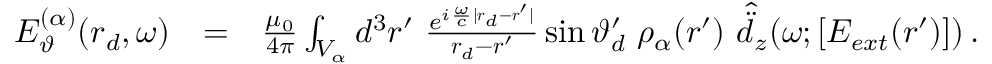
\begin{array} { r l r } { E _ { \vartheta } ^ { ( \alpha ) } ( \boldsymbol { r } _ { d } , \omega ) } & { = } & { \frac { \mu _ { 0 } } { 4 \pi } \int _ { V _ { \alpha } } d ^ { 3 } \boldsymbol { r } ^ { \prime } \, \, \frac { e ^ { i \frac { \omega } { c } | \boldsymbol { r } _ { d } - \boldsymbol { r } ^ { \prime } | } } { \boldsymbol { r } _ { d } - \boldsymbol { r } ^ { \prime } } \sin \vartheta _ { d } ^ { \prime } \, \, \rho _ { \alpha } ( \boldsymbol { r } ^ { \prime } ) \, \, \hat { \ddot { d } } _ { z } ( \omega ; [ E _ { e x t } ( \boldsymbol { r } ^ { \prime } ) ] ) \, . } \end{array}